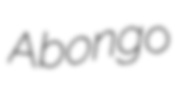
Abongo